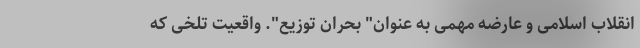
انقلاب اسلامی و عارضه مهمی به عنوان" بحران توزیع". واقعیت تلخی که